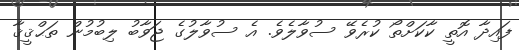
ފައިދާ އޮތީ ކާކަށްތޯ ކުރެވޭ ސުވާލެވެ. އެ ސުވާލުގެ ޖަވާބު ލިބުމުން ތަޙްޤީޤާ